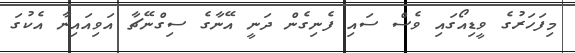
މިފަހަރުގެ ވީޑިއޯގައި ވެސް ސައި ފެނިގެން ދަނީ އޭނާގެ ސިގްނޭޗާ އަވިއައިނާ އެކުގަ